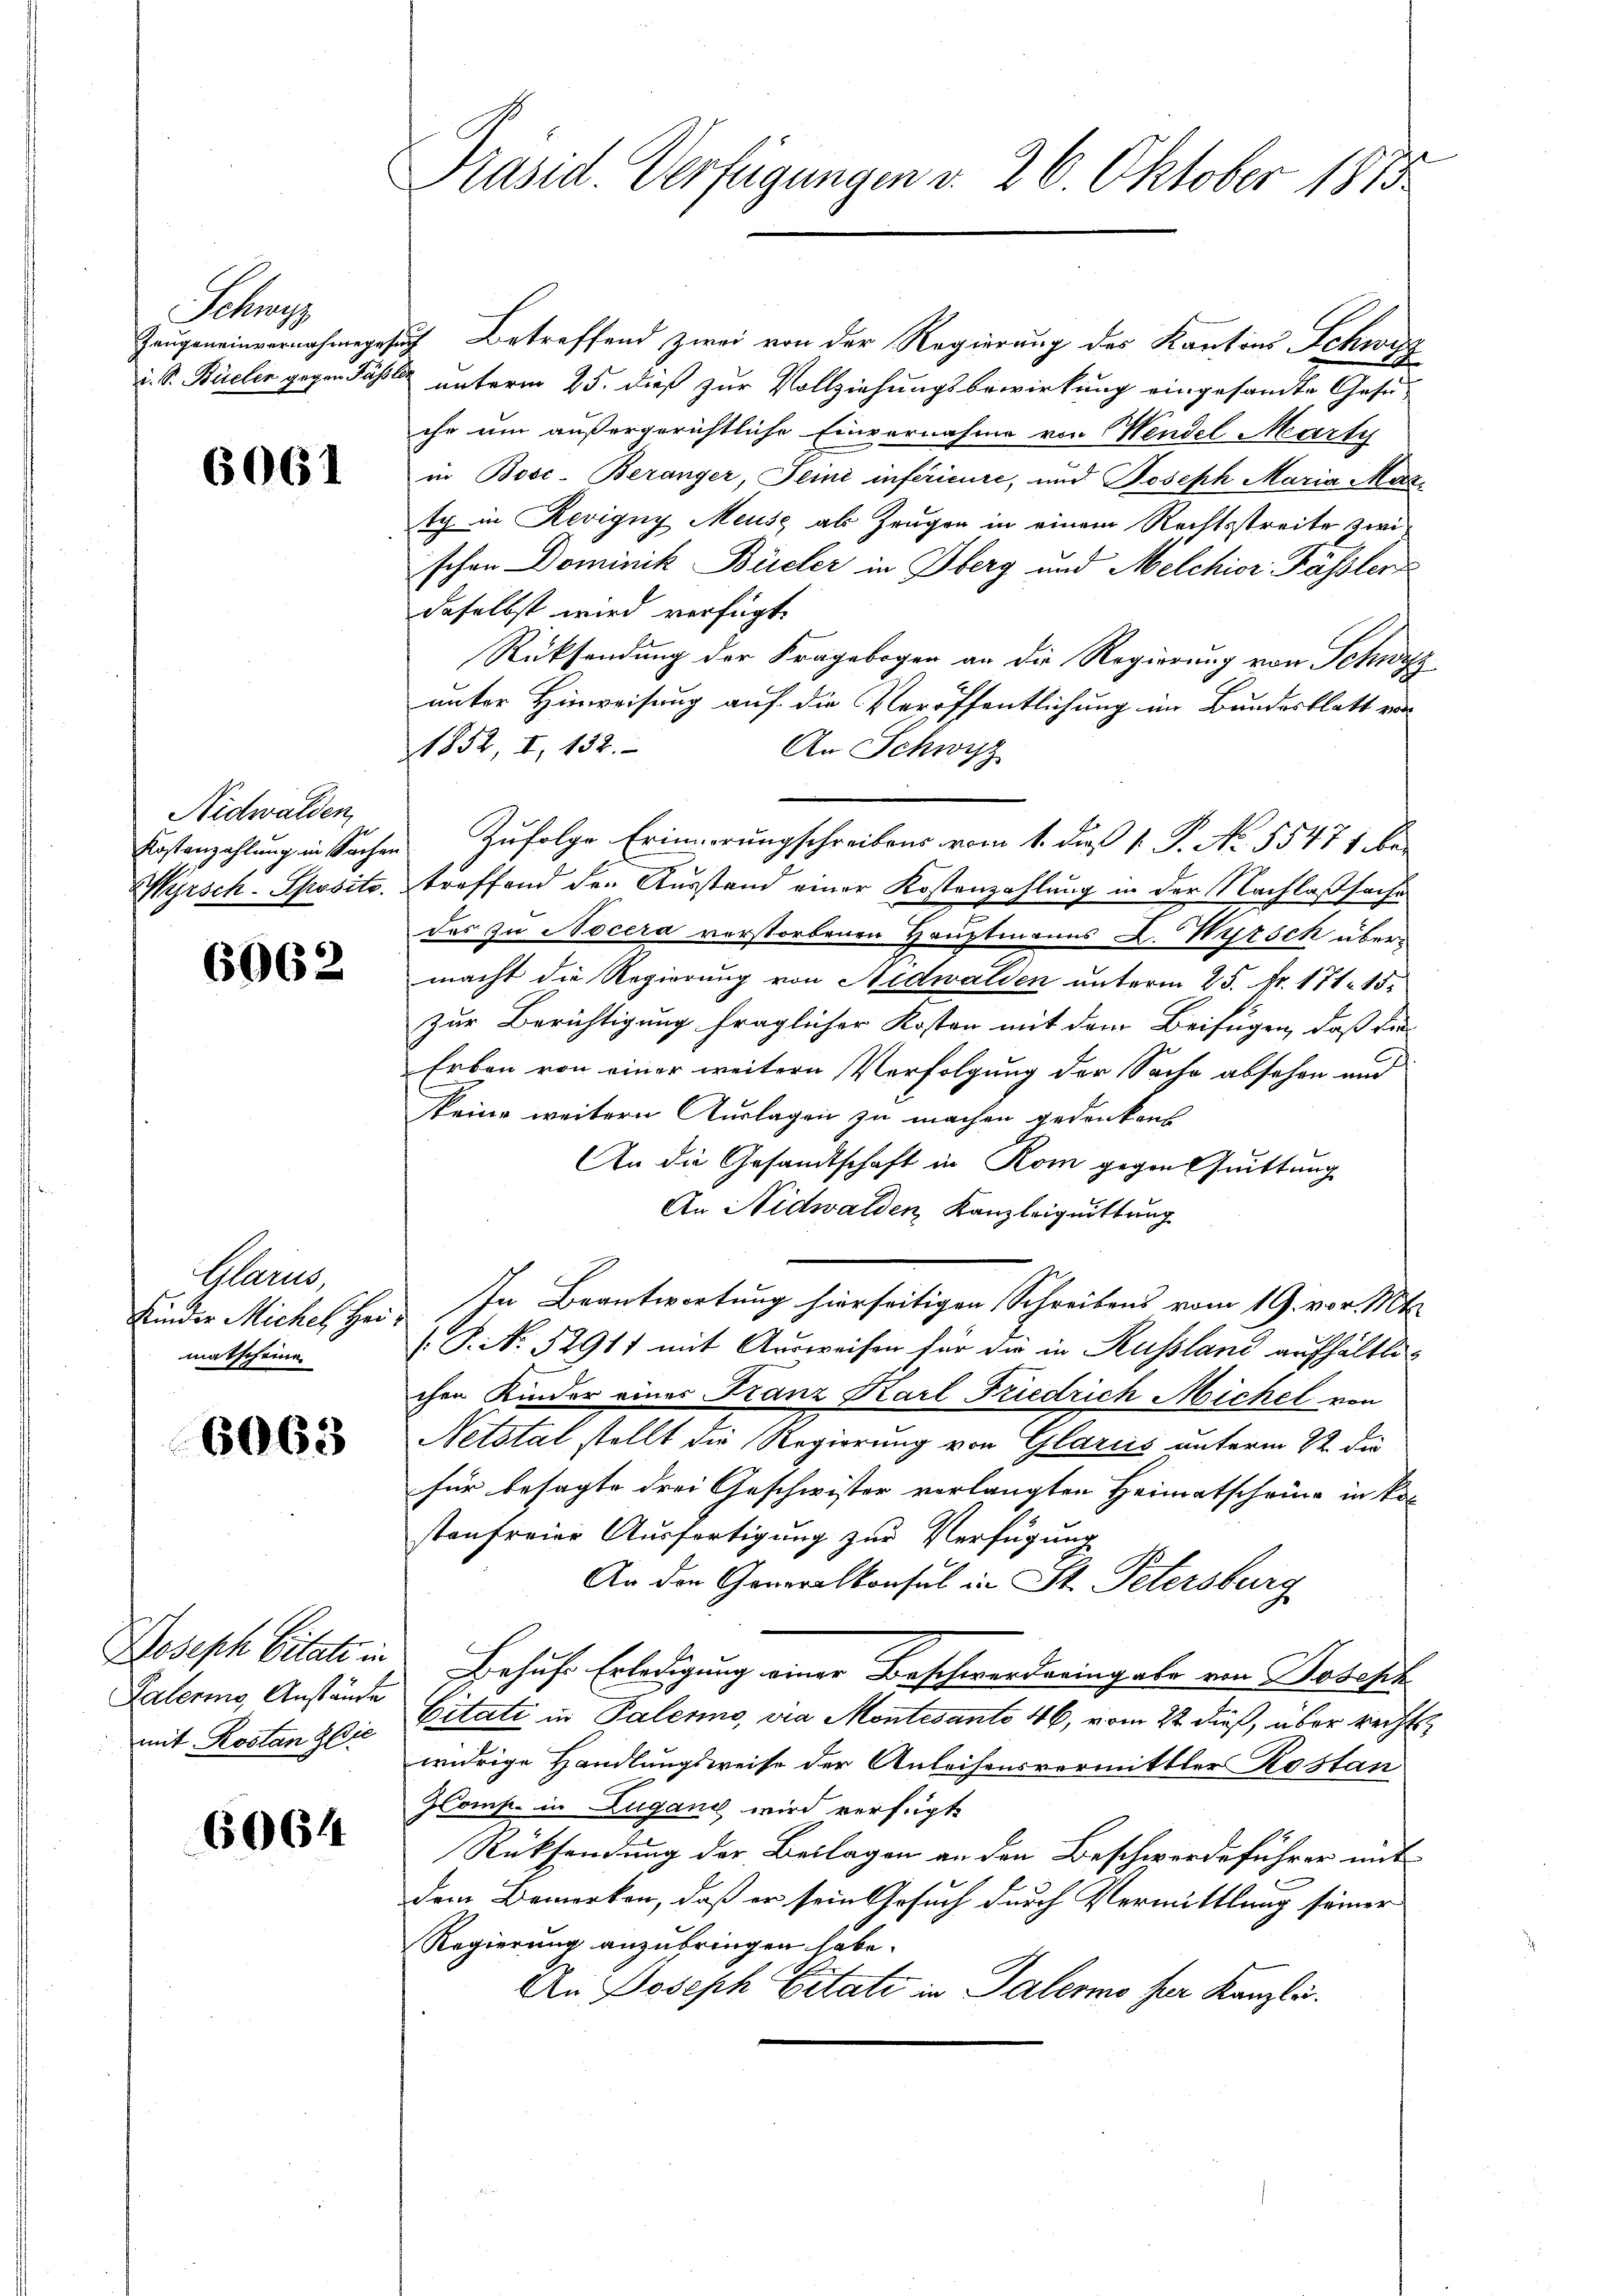
Schu
Zeugeneinvernahme ges
i. S. Bielen gegen Fässl

6061

Nidwalden,
Kostanzahlung in Sachen
Wyrsch. Spositz.

6062

Gam
Kinder Miches Hei
matscheine

6063

Joseph Citate in
Paleris, Anstände
mit Kostan die

6064

Präsid. Verfügungen v. 26 Oktober 1873

7 Betreffend zwei von der Regierung des Kantons Schweiz
unterm 25. dieß zur Vollziehungsbewirkung eingesandte Gesuihr um außergerichtliche Einvernahme von Wendel Marty
in Bosc-Beranger, Seini inférieure, und Joseph Maria Martch in Revigny Meuse als Zeugen in einem Rechtsstreite zwi
schen Dominik Büeler in Oberg und Melchior Fässler
daselbst wird verfügt.
Rücksendung der Fragebogen an die Regierung von Schwyz
unter Hinweisung auf die Veröffentlichung im Bundesblatt er-
1852 I, 132.
An Schwyz
Zufolge Erinnerungschreibens vom 1. daß 1. P. No. 55471 bei
treffend den Ausstand einer Kostenzahlung in der Nachlaßsache
das zu Nocera verstorbenen Hauptmanns L. Wyrsch übermacht die Regierung von Nidwalden unterm 25. Fr. 171. 15.
zur Berichtigung fraglicher Kosten mit dem Beifügen, daß die
Erben von einer weitern Verfolgung der Sache absehen und
keine weitern Auslagen zu machen gedenken
An die Gesandtschaft in Rom gegen Quittung
An Nidwalden, Kanzleiguittung
In Beantwortung hierseitigen Schreibens vom 19. vor. Mts.
.P. N. 52917 mit Ausweisen für die in Russland aufhältlichen Kinder eines Franz Karl Friedrich Michel von
Netstal stellt die Regierung von Glarus unterm 22. di
für besagte drei Geschwister verlangten Heimatscheine in kol
stenfreier Ausfertigung zur Verfügung
An den Generalkonsul in St. Petersburg
Erhufe Erledigung einer Beschwerderung als von Hosess
Citati in Palerno, via Montesanto 46, vom 22 dieß, über recht
widrige Handlungsweise der Anleihensvermittler Rostan
Comp. in Zugand wird verfügt
Rücksendung der Beilagen an den Beschwerdeführer mit
dem Bemerken, daß er sein Gesuch durch Vermittlung seiner
Regierung anzubringen habe.
An Joseph Citate in Palermo für Kanzlei.